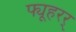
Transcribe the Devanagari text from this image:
फ्यूहरर्